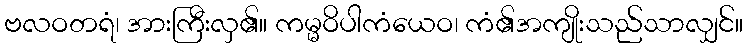
ဗလဝတရံ၊ အားကြီးလှ၏။ ကမ္မဝိပါကံယေဝ၊ ကံ၏အကျိုးသည်သာလျှင်။